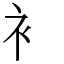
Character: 衤